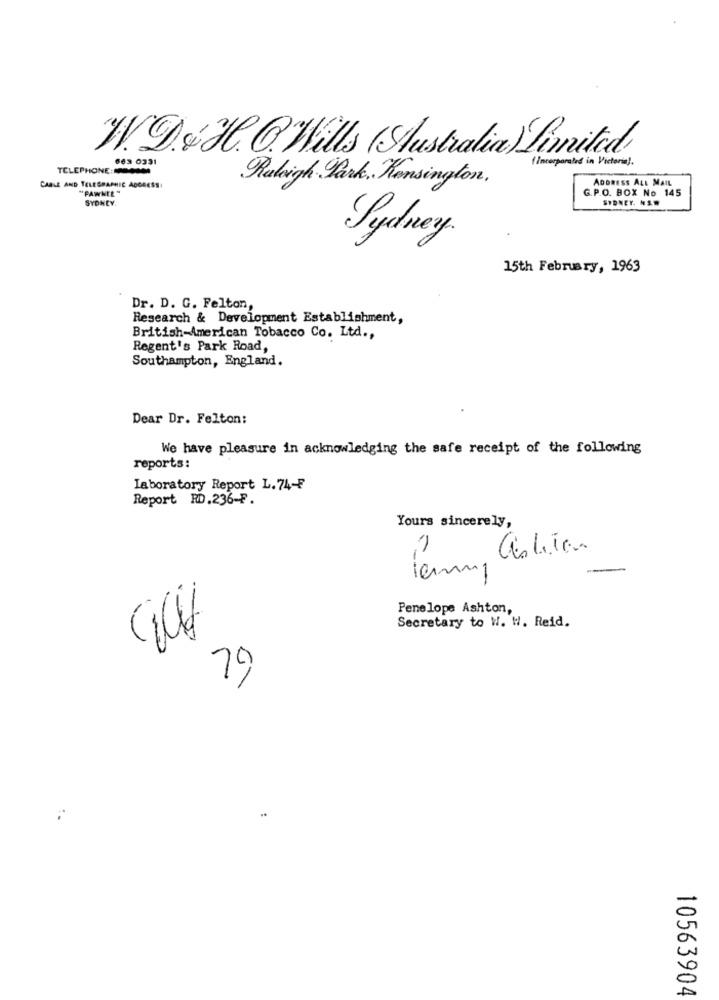
W.D & H. . "Wills (Australia) Limited
ISCO 599
(Incorporated in Victoria).
TELEPHONE:
Rubigh Park, Kensington.
ADDRESS ALL MAIL
CABLE AND TELEGRAPHIC ADDRESS
'PAWNEE"
G.P.O. BOX No 145
SYDNEY.
SYDNEY. NS.W
Sydney.
15th February, 1963
Dr. D. G. Felton,
Research & Development Establishment,
British-American Tobacco Co. Ltd .,
Regent's Park Road,
Southampton, England.
Dear Dr. Felton:
We have pleasure in acknowledging the safe receipt of the following
reports:
Laboratory Report L.74-F
Report RD.236-F.
Yours sincerely,
5
-
Penelope Ashton,
Secretary to W. W. Reid.
79
10563904